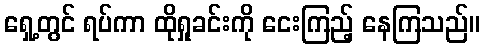
ရှေ့တွင် ရပ်ကာ ထိုရှုခင်းကို ငေးကြည့် နေကြသည်။